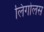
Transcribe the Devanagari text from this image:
लिगोलस